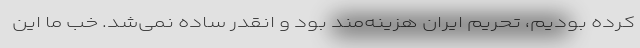
کرده بودیم، تحریم ایران هزینه‌مند بود و انقدر ساده نمی‌شد. خب ما این